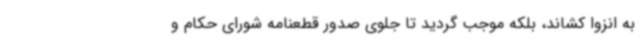
به انزوا کشاند، بلکه موجب گردید تا جلوی صدور قطعنامه شورای حکام و